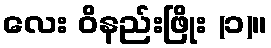
လေး ဝိနည်းဖြိုး (၁)။